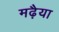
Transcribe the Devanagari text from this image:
मढ़ैया